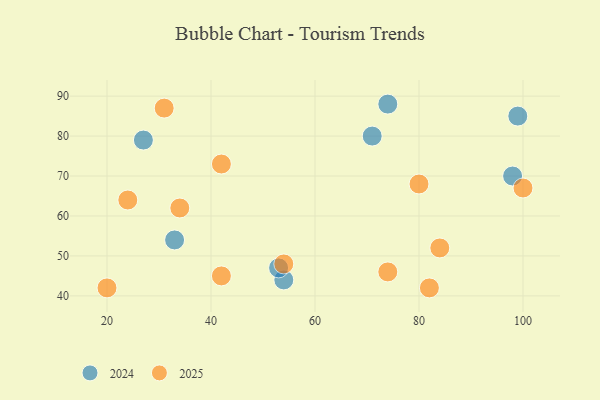
{"axis": {"x": "GDP", "y": "Life Expectancy"}, "legend": ["2024", "2025"], "data": [{"x": "71", "y": 80, "type": "2024"}, {"x": "33", "y": 54, "type": "2024"}, {"x": "54", "y": 44, "type": "2024"}, {"x": "74", "y": 88, "type": "2024"}, {"x": "27", "y": 79, "type": "2024"}, {"x": "53", "y": 47, "type": "2024"}, {"x": "98", "y": 70, "type": "2024"}, {"x": "99", "y": 85, "type": "2024"}, {"x": "54", "y": 48, "type": "2025"}, {"x": "100", "y": 67, "type": "2025"}, {"x": "34", "y": 62, "type": "2025"}, {"x": "20", "y": 42, "type": "2025"}, {"x": "74", "y": 46, "type": "2025"}, {"x": "80", "y": 68, "type": "2025"}, {"x": "82", "y": 42, "type": "2025"}, {"x": "31", "y": 87, "type": "2025"}, {"x": "84", "y": 52, "type": "2025"}, {"x": "24", "y": 64, "type": "2025"}, {"x": "42", "y": 45, "type": "2025"}, {"x": "42", "y": 73, "type": "2025"}]}